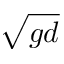
\sqrt { g d }